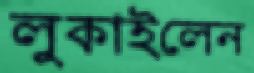
লুকাইলেন